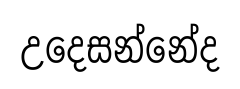
උදෙසන්නේද